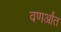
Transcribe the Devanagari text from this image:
वणर्आंत